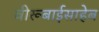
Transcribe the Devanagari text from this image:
वीरूबाईसाहेब